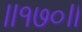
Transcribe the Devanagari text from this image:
॥१७०॥